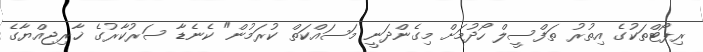
ރިޕޯޓްތަކުގެ އިތުރު ތަފްސީލް ހޯދުމަށް މިގެންދަނީ މަސައްކަތް ކުރަމުން" ކެނެޑާ ސަރުކާރުގެ ޚާރިޖިއްޔާގެ